Punjab Mental Hospital Lahore 1932-46 - 1932-1946
Year: 1932
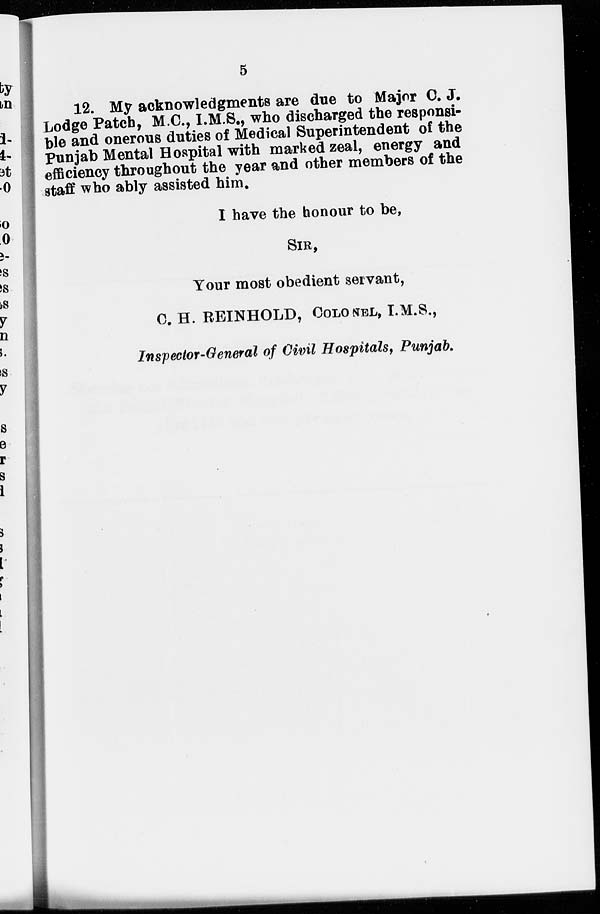
5
12. My acknowledgments are due to Major C. J.
Lodge Patch, M.C., I.M.S., who discharged the responsi-
ble and onerous duties of Medical Superintendent of the
Punjab Mental Hospital with marked zeal, energy and
efficiency throughout the year and other members of the
staff who ably assisted him.
I have the honour to be,
SIR,
Your most obedient servant,
C. H. REINHOLD, COLONEL, I.M.S.,
Inspector-General of Civil Hospitals, Punjab.